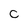
Character: C